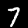
Label: 7